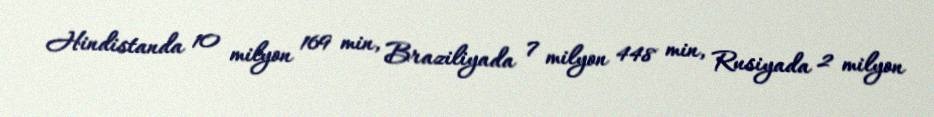
Hindistanda 10 milyon 169 min, Braziliyada 7 milyon 448 min, Rusiyada 2 milyon